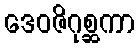
ဒေဝဇိဂုစ္ဆကာ